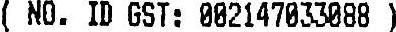
( NO. ID GST: 002147033088 )